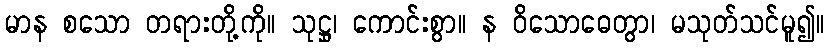
မာန စသော တရားတို့ကို။ သုဋ္ဌု၊ ကောင်းစွာ။ န ဝိသောဓေတွာ၊ မသုတ်သင်မူ၍။